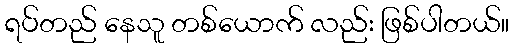
ရပ်တည် နေသူ တစ်ယောက် လည်း ဖြစ်ပါတယ်။